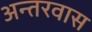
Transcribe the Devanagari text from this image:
अन्तरवास